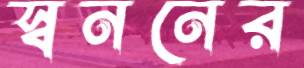
স্বননের